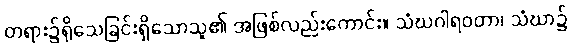
တရား၌ရိုသေခြင်းရှိသောသူ၏ အဖြစ်လည်းကောင်း။ သံဃဂါရဝတာ၊ သံဃာ၌